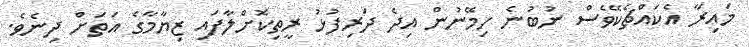
މައިރާ އެކައްޗެކޭވެސް ނުބުނެ ހިމޭނުން އިދެ ދަރިފުޅު ރީތިކޮށްލާފައި ޒިޔާމާގެ އަތަށް ދިނެވެ.